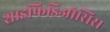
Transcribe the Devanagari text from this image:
शाइफिडिऑसिस